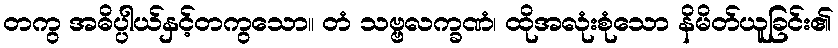
တကွ အဓိပ္ပါယ်နှင့်တကွသော။ တံ သဗ္ဗလက္ခဏံ၊ ထိုအလုံးစုံသော နိမိတ်ယူခြင်း၏